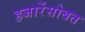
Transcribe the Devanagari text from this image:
हजारेंसोबत